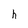
Character: h